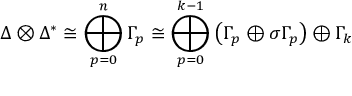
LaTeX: \Delta \otimes \Delta ^ { * } \cong \bigoplus _ { p = 0 } ^ { n } \Gamma _ { p } \cong \bigoplus _ { p = 0 } ^ { k - 1 } \left( \Gamma _ { p } \oplus \sigma \Gamma _ { p } \right) \oplus \Gamma _ { k }